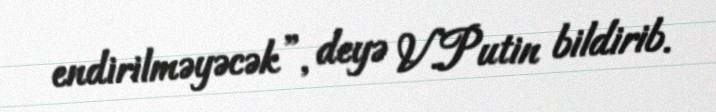
endirilməyəcək”, deyə V.Putin bildirib.